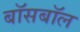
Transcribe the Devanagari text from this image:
बॉसबॉल